Investigations on Bengal jail dietaries - Number 37
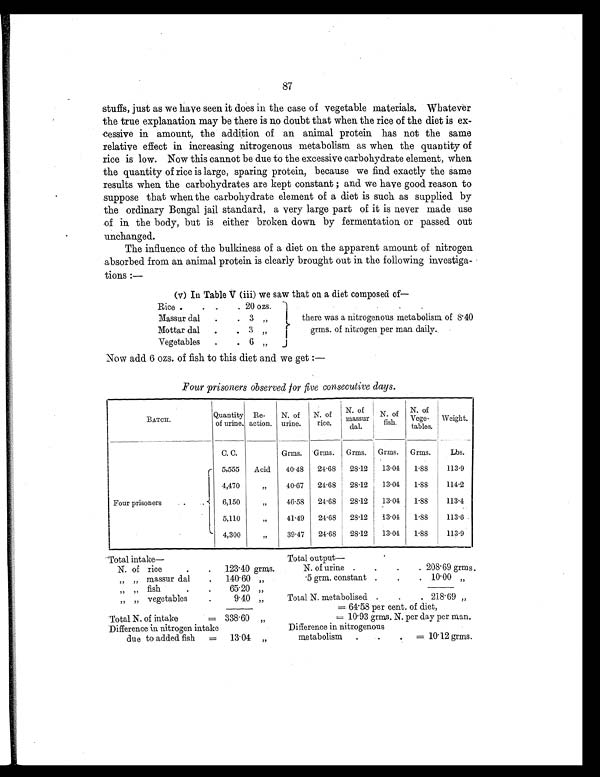
87
stuffs, just as we have seen it does in the case of vegetable materials. Whatever
the true explanation may be there is no doubt that when the rice of the diet is ex-
cessive in amount, the addition of an animal protein has not the same
relative effect in increasing nitrogenous metabolism as when the quantity of
rice is low. Now this cannot be due to the excessive carbohydrate element, when
the quantity of rice is large, sparing protein, because we find exactly the same
results when the carbohydrates are kept constant ; and we have good reason to
suppose that when the carbohydrate element of a diet is such as supplied by
the ordinary Bengal jail standard, a very large part of it is never made use
of in the body, but is either broken down by fermentation or passed out
unchanged.
The influence of the bulkiness of a diet on the apparent amount of nitrogen
absorbed from an animal protein is clearly brought out in the following investiga-
tions:—
(v) In Table V (iii) we saw that on a diet composed of
—
Rice .
. .
. 20 ozs.
Massur dal .
. 3 „
there was a nitrogenous metabolism of 8.40
grms. of nitrogen per man daily.
Mottar dal
.
. 3 „
Vegetables .
. 6 „
Now add 6 ozs. of fish to this diet and we get:—
Four prisoners observed for five consecutive days.
BATCH.
Quantity
of urine.
Re-
action.
N. of
urine.
N. of
rice.
N. of
massur
dal.
N. of
fish.
N. of
Vege-tables. Weight.
C. C.
Grms. Grms. Grms. Grms. Grms.
Lbs.
Four prisoners .
.
5,555 Acid 40.48 24.68 28.12 13.04 1.88
113.9
4,470
„
40.67 24.68 28.12 13.04 1.88
114.2
6,150
„
46.58 24.68 28.12 13.04 1.88
113.4
5,110
„
41.49 24.68 28.12 13.04 1.88
113.6
4,300
„
39.47 24.68 28.12 13.04 1.88
113.9
Total intake—
Total output —
N. of rice
.
. 123.40 grms.
N. of urine .
.
.
. 208.69 grms.
„ „ massur dal
. 140.60 „
.5 grm. constant
. .
. 10.00 „
„ „ fish
.
.
65.20 „
„ „ vegetables
9.40 „
Total N. metabolised .
.
. 218.69 „
= 64.58 per cent. of diet,
Total N. of intake
= 338.60 „
= 10.93 grms. N. per day per man.
Difference in nitrogen intake
Difference in nitrogenous
due to added fish = 13.04 „
metabolism .
.
. = 10.12 grms.